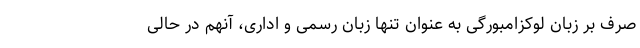
صرف بر زبان لوکزامبورگی به عنوان تنها زبان رسمی و اداری، آنهم در حالی